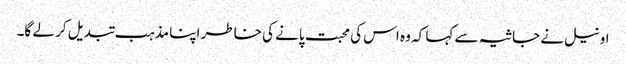
اونیل نے جاثیہ سے کہا کہ وہ اس کی محبت پانے کی خاطر اپنا مذہب تبدیل کر لے گا۔